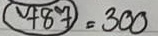
(787) = 300